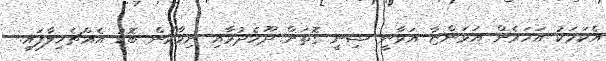
އެކަމަކު އަހަރެން އަޅަންޏާ އަޅާނީ ޝިނީ ގޮތަށް ދޫހެދުމާއި ނިވާކަން ބޮޑު އެއްޗެހިލާފައި.